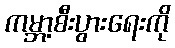
ကမ္ဘာ့စီးပွားရေးကို